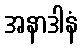
အနာဒါနံ